Report on lock hospitals in British Burma
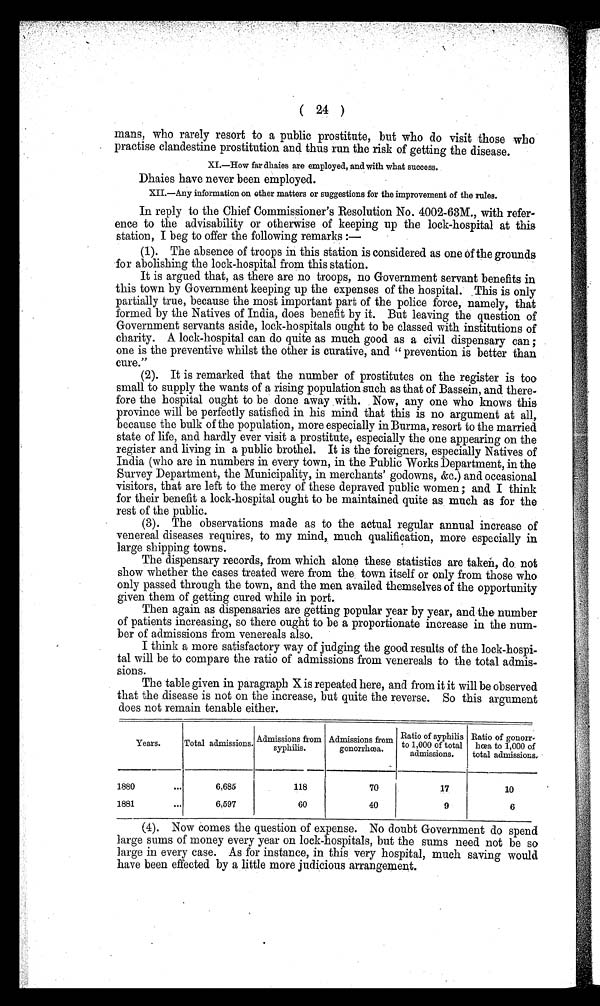
( 24 )
mans, who rarely resort to a public prostitute, but who do visit those who
practise clandestine prostitution and thus run the risk of getting the disease.
XI.—How far dhaies are employed, and with what success.
Dhaies have never been employed.
XII.—Any information on other matters or suggestions for the improvement of the rules.
In reply to the Chief Commissioner's Resolution No. 4002-63M., with refer-
ence to the advisability or otherwise of keeping up the lock-hospital at this
station, I beg to offer the following remarks :—
(1). The absence of troops in this station is considered as one Of the grounds
for abolishing the lock-hospital from this station.
It is argued that, as there are no troops, no Government servant benefits in
this town by Government keeping up the expenses of the hospital. .This is only
partially true, because the most important part of the police force, namely, that
formed by the Natives of India, does benefit by it. But leaving the question of
Government servants aside, lock-hospitals ought to be classed with institutions of
charity. A lock-hospital can do quite as much good as a civil dispensary can ;
one is the preventive whilst the other is curative, and " prevention is better than
cure."
(2). It is remarked that the number of prostitutes on the register is too
small to supply the wants of a rising population such as that of Bassein, and there-
fore the hospital ought to be done away with. Now, any one who knows this
province will be perfectly satisfied in his mind. that this is no argument at all,
because the bulk of the population, more especially in Burma, resort to the married
state of life, and hardly ever visit a prostitute, especially the one appearing on the
register and living in a public brothel. It is the foreigners, especially Natives of
India (who are in numbers in every town, in the Public Works Department, in the
Survey Department, the Municipality, in merchants' godowns, &c.) and occasional
visitors, that are left to the mercy of these depraved public women ; and I think
for their benefit a lock-hospital ought to be maintained quite as much as for the
rest of the public.
(3). The observations made as to the actual regular annual increase of
venereal diseases requires, to my mind, much qualification, more especially in
large shipping towns.
The dispensary records, from which alone these statistics are taken, do not
show whether the cases treated were from the : town itself or only from those who
only passed through the town, and the men availed themselves of the opportunity
given them of getting cured while in port.
Then again as dispensaries are getting popular year by year, and the number
of patients increasing, so there ought to be a proportionate increase in the num-
ber of admissions from venereals also.
I think a more satisfactory way of judging the good results of the lock-hospi-
tal will be to compare the ratio of admissions from venereals to the total admis-
sions.
The table given in paragraph X is repeated here, and from it it will be observed
that the disease is not on the increase, but quite the reverse. So this argument
does not remain tenable either.
Years.
Total admissions.
Admissions from
syphilis.
Admissions from
gonorrhœa.
Ratio of syphilis
to 1,000 of total
admissions.
Ratio of gonorr-
hœa to 1,000 of
total admissions.
1880
. . .
6,685
118
70
17
10
1881
. . .
6,597
60
40
9
6
(4). Now comes the question of expense. No doubt Government do spend
large sums of money every year on lock-hospitals, but the sums need not be so
large in every case. As for instance, in this very hospital, much saving would
have been effected by a little more judicious arrangement.